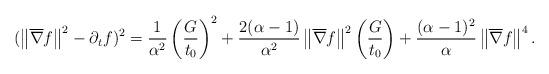
LaTeX: \begin{align*}(\left\|\overline{\nabla}f\right\|^{2}-\partial_{t}f)^{2}&=\frac{1}{\alpha^{2}}\left(\frac{G}{t_{0}}\right)^{2}+\frac{2(\alpha-1)}{\alpha^{2}}\left\|\overline{\nabla}f\right\|^{2}\left(\frac{G}{t_{0}}\right)+\frac{(\alpha-1)^{2}}{\alpha}\left\|\overline{\nabla}f\right\|^{4}.\end{align*}